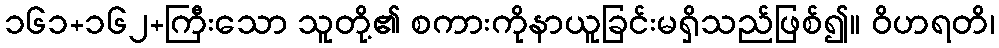
၁၆၁+၁၆၂+ကြီးသော သူတို့၏ စကားကိုနာယူခြင်းမရှိသည်ဖြစ်၍။ ဝိဟရတိ၊